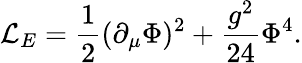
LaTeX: {\cal L}_{E}=\frac{1}{2}(\partial_{\mu}\Phi)^{2}+\frac{g^{2}}{24}\Phi^{4}.